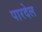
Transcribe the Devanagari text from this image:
पारदेल